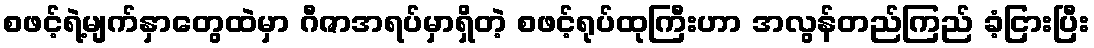
စဖင့်ရဲ့မျက်နှာတွေထဲမှာ ဂီဇာအရပ်မှာရှိတဲ့ စဖင့်ရုပ်ထုကြီးဟာ အလွန်တည်ကြည် ခံ့ငြားပြီး